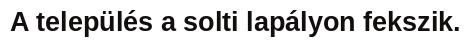
A település a solti lapályon fekszik.